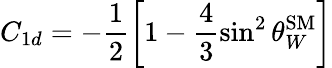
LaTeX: C_{1d}=-\frac{1}{2}\left[1-\frac{4}{3}\sin^{2}\theta_{W}^{\mathrm{SM}}\right]